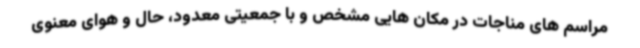
مراسم های مناجات در مکان هایی مشخص و با جمعیتی معدود، حال و هوای معنوی